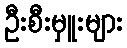
ဦးစီးမှူးများ